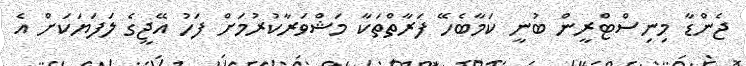
ޖެންޑާ މިނިސްޓްރީން ބުނީ ކަމާބެހޭ ފަރާތްތަކާ މަޝްވަރާކުރުމަށް ފަހު އޭޖީގެ ލަފަޔަކަށް އެ